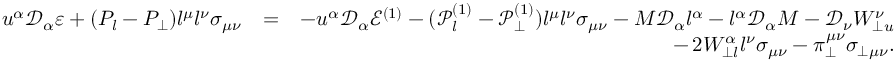
\begin{array} { r l r } { u ^ { \alpha } \mathcal { D } _ { \alpha } \varepsilon + ( P _ { l } - P _ { \perp } ) l ^ { \mu } l ^ { \nu } \sigma _ { \mu \nu } } & { = } & { - u ^ { \alpha } \mathcal { D } _ { \alpha } \mathcal { E } ^ { ( 1 ) } - ( \mathcal { P } _ { l } ^ { ( 1 ) } - \mathcal { P } _ { \perp } ^ { ( 1 ) } ) l ^ { \mu } l ^ { \nu } \sigma _ { \mu \nu } - M \mathcal { D } _ { \alpha } l ^ { \alpha } - l ^ { \alpha } \mathcal { D } _ { \alpha } M - \mathcal { D } _ { \nu } W _ { \perp u } ^ { \nu } } \\ & { } & { - \, 2 W _ { \perp l } ^ { \alpha } l ^ { \nu } \sigma _ { \mu \nu } - \pi _ { \perp } ^ { \mu \nu } \sigma _ { \perp \mu \nu } . } \end{array}